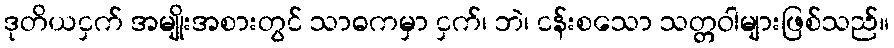
ဒုတိယငှက် အမျိုးအစားတွင် သာဓကမှာ ငှက်၊ ဘဲ၊ ငန်းစသော သတ္တဝါများဖြစ်သည်။